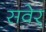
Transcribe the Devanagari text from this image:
सवेर्